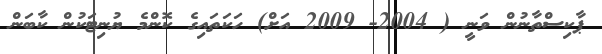
ޕާކިސްތާނުން ވަނީ ( 2004- 2009 އަށް) ހަކަތައިގެ ކޮންމެ ޔުނިޓަކުން ކާބަން